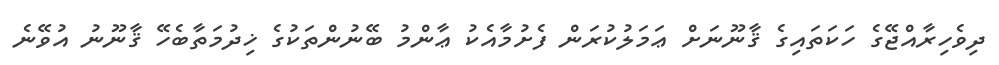
ދިވެހިރާއްޖޭގެ ހަކަތައިގެ ޤާނޫނަށް ޢަމަލުކުރަން ފެށުމާއެކު ޢާންމު ބޭނުންތަކުގެ ޚިދުމަތާބެހޭ ޤާނޫނު އުވޭނެ